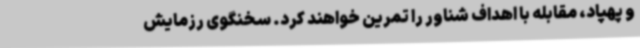
و پهپاد، مقابله با اهداف شناور را تمرین خواهند کرد. سخنگوی رزمایش